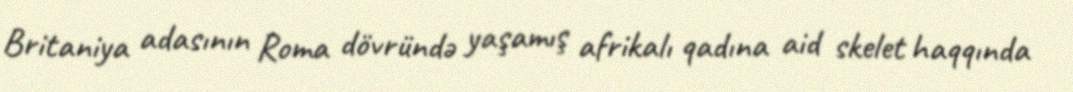
Britaniya adasının Roma dövründə yaşamış afrikalı qadına aid skelet haqqında